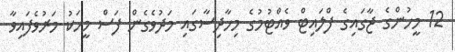
12 މީހުންގެ ޖާގައިގެ ފްލައިޓް ވެއްޓުމުގެ މިހާދިސާގައި މަދުވެގެން ފަސް މީހަކު މަރުވެފައިވާ